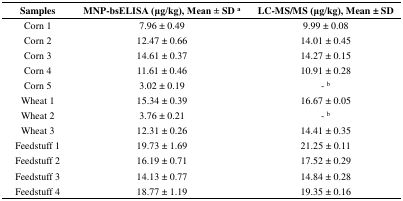
<table><thead><tr><td><b>Samples</b></td><td><b>MNP-bsELISA (μg/kg), Mean ± SD <sup>a</sup></b></td><td><b>LC-MS/MS (μg/kg), Mean ± SD</b></td></tr></thead><tbody><tr><td>Corn 1</td><td>7.96 ± 0.49</td><td>9.99 ± 0.08</td></tr><tr><td>Corn 2</td><td>12.47 ± 0.66</td><td>14.01 ± 0.45</td></tr><tr><td>Corn 3</td><td>14.61 ± 0.37</td><td>14.27 ± 0.15</td></tr><tr><td>Corn 4</td><td>11.61 ± 0.46</td><td>10.91 ± 0.28</td></tr><tr><td>Corn 5</td><td>3.02 ± 0.19</td><td>- <sup>b</sup></td></tr><tr><td>Wheat 1</td><td>15.34 ± 0.39</td><td>16.67 ± 0.05</td></tr><tr><td>Wheat 2</td><td>3.76 ± 0.21</td><td>- <sup>b</sup></td></tr><tr><td>Wheat 3</td><td>12.31 ± 0.26</td><td>14.41 ± 0.35</td></tr><tr><td>Feedstuff 1</td><td>19.73 ± 1.69</td><td>21.25 ± 0.11</td></tr><tr><td>Feedstuff 2</td><td>16.19 ± 0.71</td><td>17.52 ± 0.29</td></tr><tr><td>Feedstuff 3</td><td>14.13 ± 0.77</td><td>14.84 ± 0.28</td></tr><tr><td>Feedstuff 4</td><td>18.77 ± 1.19</td><td>19.35 ± 0.16</td></tr></tbody></table>